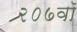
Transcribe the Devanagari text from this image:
२०७वॉ